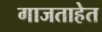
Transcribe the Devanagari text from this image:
गाजताहेत